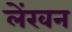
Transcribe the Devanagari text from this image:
लेंखन